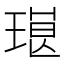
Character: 𱯓